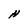
Character: H